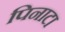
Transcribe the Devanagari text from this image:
पिनाटा